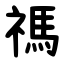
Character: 禡